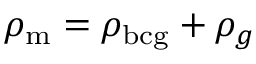
\rho _ { \mathrm { m } } = \rho _ { \mathrm { b c g } } + \rho _ { g }